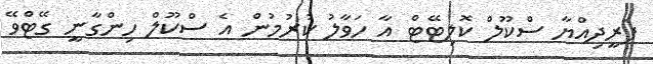
ފަރީދިއްޔާ ސްކޫލް ކޮލިޓޭޓް އާ ހަވާލު ކުރުމުން އެ ސްކޫލް ހިންގާނީ ގޭޓްވޭ